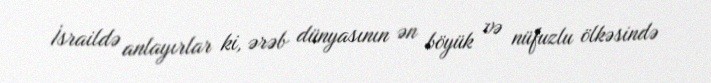
İsraildə anlayırlar ki, ərəb dünyasının ən böyük və nüfuzlu ölkəsində